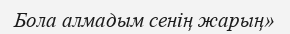
Бола алмадым сенің жарың»